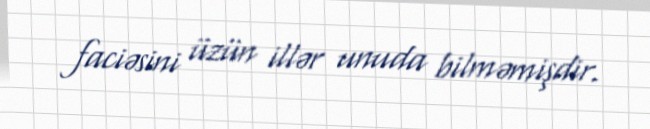
faciəsini üzün illər unuda bilməmişdir.